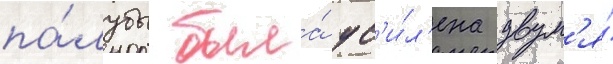
па́лубы была́ ус'и́л'ена двум'я́